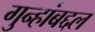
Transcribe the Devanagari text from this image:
गुन्हांबद्दल